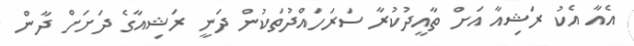
އެއާ އެކު ރަޝިއާ އަށް ތާއީދުކުރާ ސަރަހައްދުތަކުން ދަނީ ރަޝިއާގެ ދަށަށް ދާން